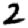
Digit: 2